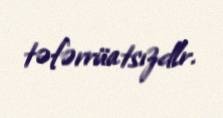
təfərrüatsızdlr.